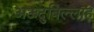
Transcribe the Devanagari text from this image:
अऊदुबिल्लाह